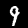
Digit: 9